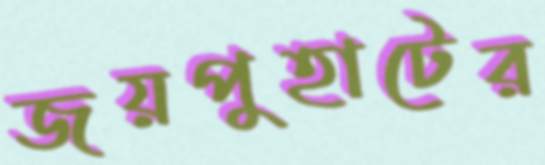
জয়পুহাটের